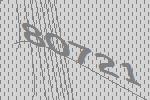
80721